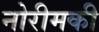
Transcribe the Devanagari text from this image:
नोरीमकी